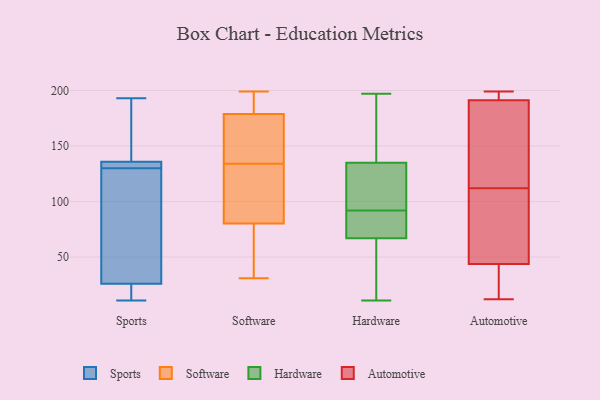
{"axis": {"x": "Budget (USD K)", "y": "Value"}, "legend": ["Automotive", "Hardware", "Software", "Sports"], "data": [{"x": "", "y": 38, "type": "Sports"}, {"x": "", "y": 150, "type": "Sports"}, {"x": "", "y": 193, "type": "Sports"}, {"x": "", "y": 134, "type": "Sports"}, {"x": "", "y": 68, "type": "Sports"}, {"x": "", "y": 22, "type": "Sports"}, {"x": "", "y": 136, "type": "Sports"}, {"x": "", "y": 11, "type": "Sports"}, {"x": "", "y": 135, "type": "Sports"}, {"x": "", "y": 12, "type": "Sports"}, {"x": "", "y": 130, "type": "Sports"}, {"x": "", "y": 184, "type": "Software"}, {"x": "", "y": 178, "type": "Software"}, {"x": "", "y": 32, "type": "Software"}, {"x": "", "y": 68, "type": "Software"}, {"x": "", "y": 199, "type": "Software"}, {"x": "", "y": 132, "type": "Software"}, {"x": "", "y": 31, "type": "Software"}, {"x": "", "y": 134, "type": "Software"}, {"x": "", "y": 172, "type": "Software"}, {"x": "", "y": 179, "type": "Software"}, {"x": "", "y": 117, "type": "Software"}, {"x": "", "y": 71, "type": "Hardware"}, {"x": "", "y": 139, "type": "Hardware"}, {"x": "", "y": 85, "type": "Hardware"}, {"x": "", "y": 99, "type": "Hardware"}, {"x": "", "y": 108, "type": "Hardware"}, {"x": "", "y": 116, "type": "Hardware"}, {"x": "", "y": 135, "type": "Hardware"}, {"x": "", "y": 78, "type": "Hardware"}, {"x": "", "y": 197, "type": "Hardware"}, {"x": "", "y": 11, "type": "Hardware"}, {"x": "", "y": 147, "type": "Hardware"}, {"x": "", "y": 67, "type": "Hardware"}, {"x": "", "y": 24, "type": "Hardware"}, {"x": "", "y": 11, "type": "Hardware"}, {"x": "", "y": 143, "type": "Automotive"}, {"x": "", "y": 12, "type": "Automotive"}, {"x": "", "y": 15, "type": "Automotive"}, {"x": "", "y": 113, "type": "Automotive"}, {"x": "", "y": 112, "type": "Automotive"}, {"x": "", "y": 49, "type": "Automotive"}, {"x": "", "y": 189, "type": "Automotive"}, {"x": "", "y": 42, "type": "Automotive"}, {"x": "", "y": 81, "type": "Automotive"}, {"x": "", "y": 196, "type": "Automotive"}, {"x": "", "y": 199, "type": "Automotive"}, {"x": "", "y": 198, "type": "Automotive"}, {"x": "", "y": 192, "type": "Automotive"}, {"x": "", "y": 57, "type": "Automotive"}, {"x": "", "y": 36, "type": "Automotive"}]}